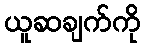
ယူဆချက်ကို